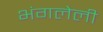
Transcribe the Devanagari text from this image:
भंगलेली